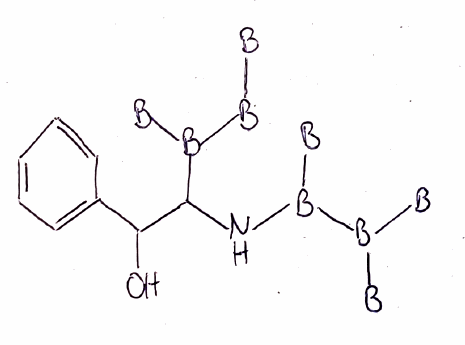
Simplified molecular-input line-entry system (SMILES) notation of the given molecule:
[B][B]B([B])C(C(C1=CC=CC=C1)O)NB([B])B([B])[B]